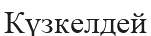
Күзкелдей